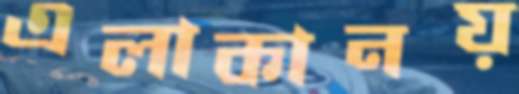
এলাকানয়